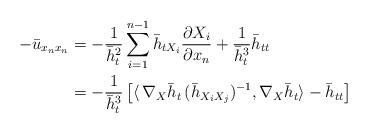
LaTeX: \begin{align*}- \bar u_{x_n x_n }& = - \frac{1}{\bar h_t^{2}}\sum\limits_{i=1}^{n-1} \bar h_{tX_i} \frac{\partial X_i}{\partial x_n} + \frac{1}{\bar h_{t}^{3}} \bar h_{tt}\\&=- \frac{1}{\bar h_t^{3}} \left[\langle \, \nabla_{X} \bar h_t \, ( \bar h_{X_i X_j} )^{-1} , \nabla_{X} \bar h_t \rangle- \bar h_{tt}\right]\end{align*}